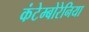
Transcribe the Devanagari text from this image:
कंटेम्बोरेनिया